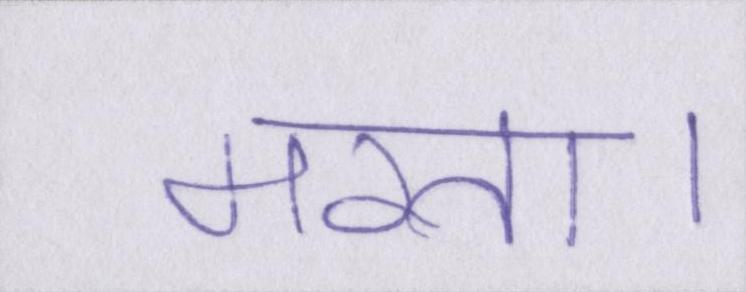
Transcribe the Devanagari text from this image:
मरता।